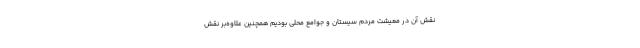
نقش آن در معیشت مردم سیستان و جوامع محلی بودیم همچنین علاوه‌بر نقش